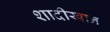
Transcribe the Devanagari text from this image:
शादीखान